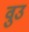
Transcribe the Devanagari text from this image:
वुउ